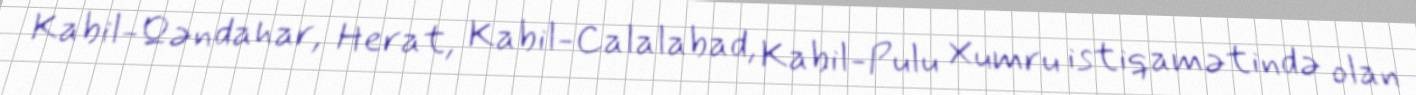
Kabil-Qəndahar, Herat, Kabil-Calalabad, Kabil-Pulu Xumru istiqamətində olan